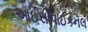
આઈસોપાઈકનલ